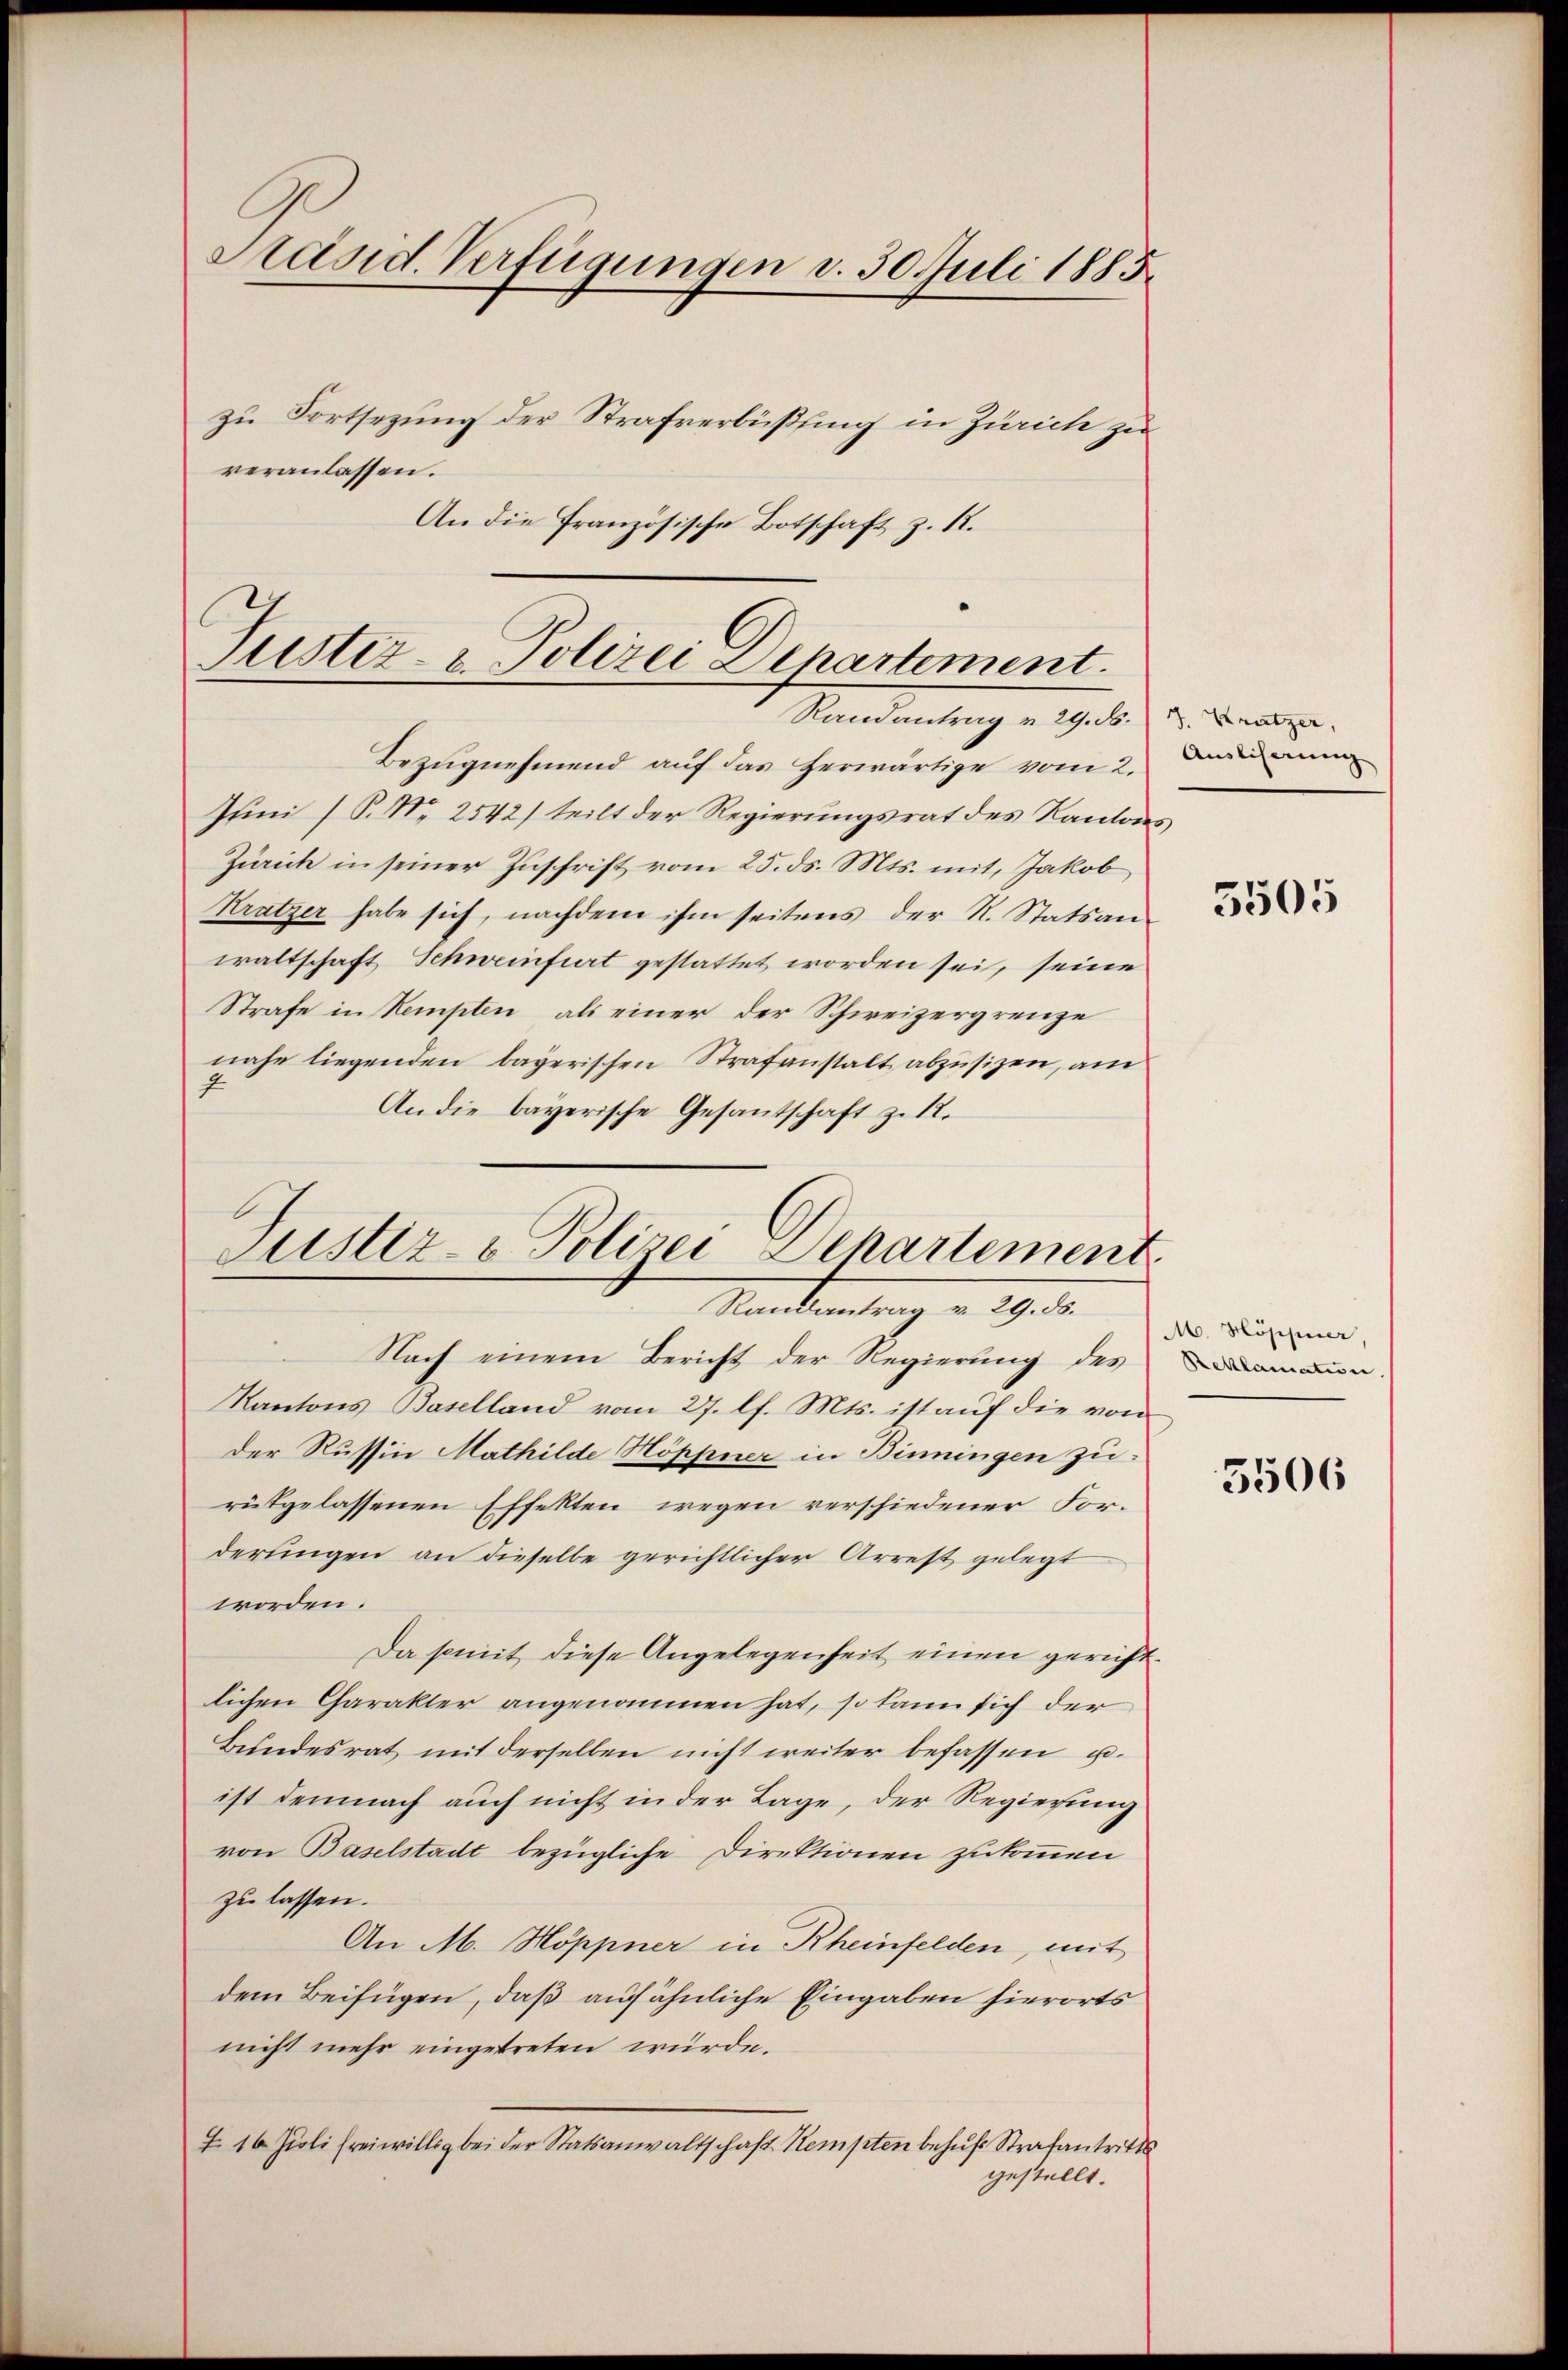
Präsid. Verfügungen v. 30. Juli 1885.
zu Fortsezung der Strafverbüßung in Zürich zu
veranlassen.

An die Französische Botschaft z. R.

Justiz- & Polizei Departement.
Randantrag v. 29. ds.

Bezugnehmend auf das Herwärtige vom 2.
Juni /P. Nr. 2542) teilt der Regierungsrat des Kantons
Zürich in seiner Zuschrift vom 25. ds. Mts. mit, Jakob
Krätzer habe sich, nachdem ihm seitens der N. Statsanwaltschaft Schweinfurt gestattet worden sei, seine
Strafe in Kempten, als einer der Schweizergrenze
nahe liegenden bayerischen Strafanstalt abzusizen, am
An die bayerische Gesantschaft z. 12.

Justiz- & Polizei Departement
Randantrag v. 29. ds.

Nach einem Bericht der Regierung des
Kantons Baselland vom 27. lf. Mts. ist auf die von
der Russin Mathilde Höppner in Binningen zu
rütgelassenen Effekten wegen verschiedener For-
derungen an dieselbe gerichtlicher Arrest gelegt
worden.
Da somit diese Angelegenheit einen gerichtlichen Charakter angenommen hat, so kann sich der
Bundesrat mit derselben nicht weiter befassen u.
ist demnach auch nicht in der Lage, der Regierung
von Baselstadt bezügliche Direktionen zukommen
zu lassen.
An M. Höppner in Rheinfelden, mit
dem Beifügen, daß auf ähnliche Eingaben hierorts
nicht mehr eingetreten würde.
F. 16. Juli freiwillig bei der Statsanwaltschaft Kempten behufs Strafantritts
gestellt.

J. Krätzer,
Auslicherung

5505

M. Höppier,
Reklamatisie

5506